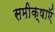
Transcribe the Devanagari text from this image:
समीक्षाऍं